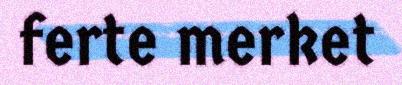
ferte merket